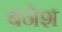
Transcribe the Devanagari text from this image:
बनेश